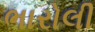
ભારોલી